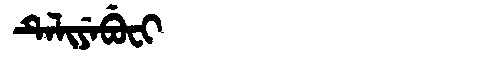
Manchu: ᡨᡝᠯᡳᠶᡝᠪᡠᠸᡳ
Romanization: TELIYEBUFI